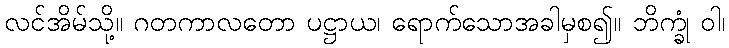
လင်အိမ်သို့။ ဂတကာလတော ပဋ္ဌာယ၊ ရောက်သောအခါမှစ၍။ ဘိက္ခုံ ဝါ၊